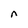
Character: n